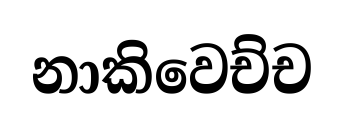
නාකිවෙච්ච